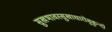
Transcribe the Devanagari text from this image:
सुखभावस्सुखाधारोमुकुन्दो